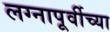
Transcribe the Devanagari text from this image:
लग्नापूर्वीच्या